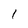
Character: l